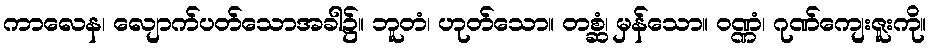
ကာလေန၊ လျောက်ပတ်သောအခါ၌။ ဘူတံ၊ ဟုတ်သော။ တစ္ဆံ၊ မှန်သော။ ဝဏ္ဏံ၊ ဂုဏ်ကျေးဇူးကို။